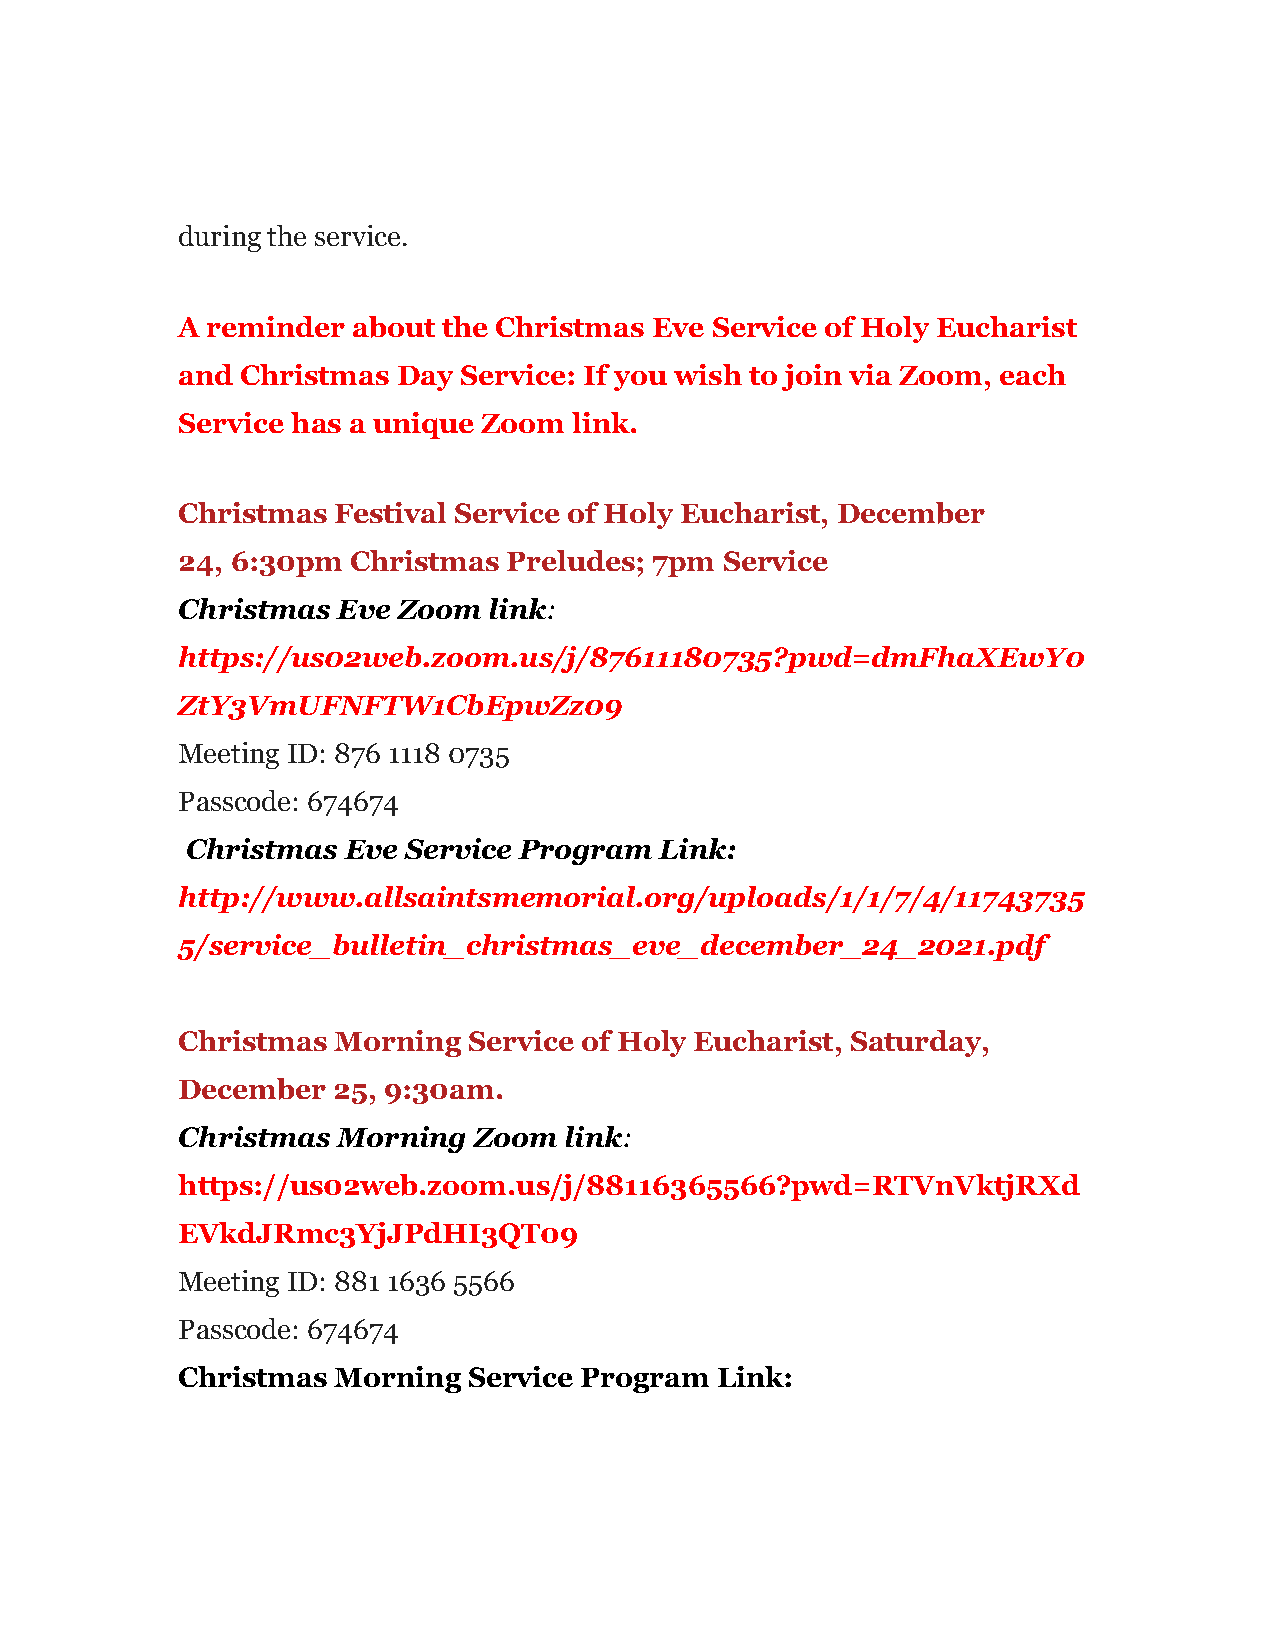
during the service.
 A reminder about the Christmas Eve Service of Holy Eucharist
 and Christmas Day Service: If you wish to join via Zoom, each
 Service has a unique Zoom link.
 Christmas Festival Service of Holy Eucharist, December
 24, 6:30pm Christmas  Preludes; 7pm Service
 Christmas Eve Zoom  link:
 https://us02web.zoom.us/j/87611180735?pwd=dmFhaXEwY0
 ZtY3VmUFNFTW1CbEpwZz09
 Meeting ID: 876 1118 0735
 Passcode: 674674
 Christmas  Eve Service Program  Link:
 http://www.allsaintsmemorial.org/uploads/1/1/7/4/11743735
 5/service_bulletin_christmas_eve_december_24_2021.pdf
 Christmas Morning  Service of Holy Eucharist, Saturday,
 December  25, 9:30am.
 Christmas Morning  Zoom  link:
 https://us02web.zoom.us/j/88116365566?pwd=RTVnVktjRXd
 EVkdJRmc3YjJPdHI3QT09
 Meeting ID: 881 1636 5566
 Passcode: 674674
 Christmas Morning  Service Program Link: